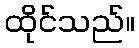
ထိုင်သည်။